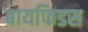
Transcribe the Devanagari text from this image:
बायफिडस